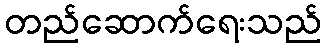
တည်ဆောက်ရေးသည်